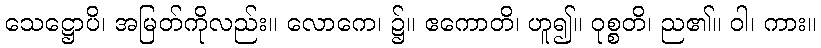
သေဋ္ဌောပိ၊ အမြတ်ကိုလည်း။ လောကေ၊ ၌။ ဧကောတိ၊ ဟူ၍။ ဝုစ္စတိ၊ ည၏။ ဝါ၊ ကား။